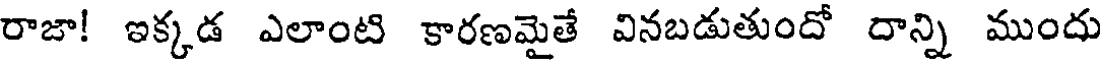
రాజా! ఇక్కడ ఎలాంటి కారణమైతే వినబడుతుందో దాన్ని ముందు